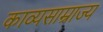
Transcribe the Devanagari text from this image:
काव्यसाम्राज्य